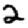
Digit: 2